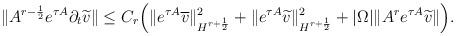
LaTeX: \begin{align*} \| A^{r-\frac{1}{2}}&e^{\tau A} \partial_t \widetilde{v} \| \leq C_r \Big(\|e^{\tau A} \overline{v} \|_{H^{r+\frac{1}{2}}}^2 + \|e^{\tau A} \widetilde{v} \|_{H^{r+\frac{1}{2}}}^2 + |\Omega|\|A^{r}e^{\tau A} \widetilde{v} \| \Big) .\end{align*}